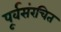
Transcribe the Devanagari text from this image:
पूर्वसंरचित